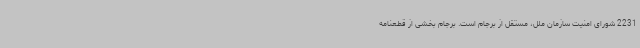
2231 شورای امنیت سازمان ملل، مستقل از برجام است. برجام بخشی از قطعنامه